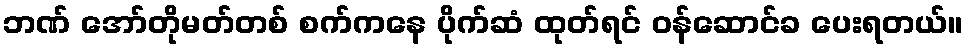
ဘဏ် အော်တိုမတ်တစ် စက်ကနေ ပိုက်ဆံ ထုတ်ရင် ဝန်ဆောင်ခ ပေးရတယ်။